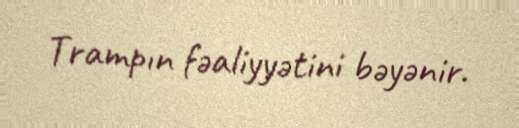
Trampın fəaliyyətini bəyənir.